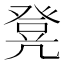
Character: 凳